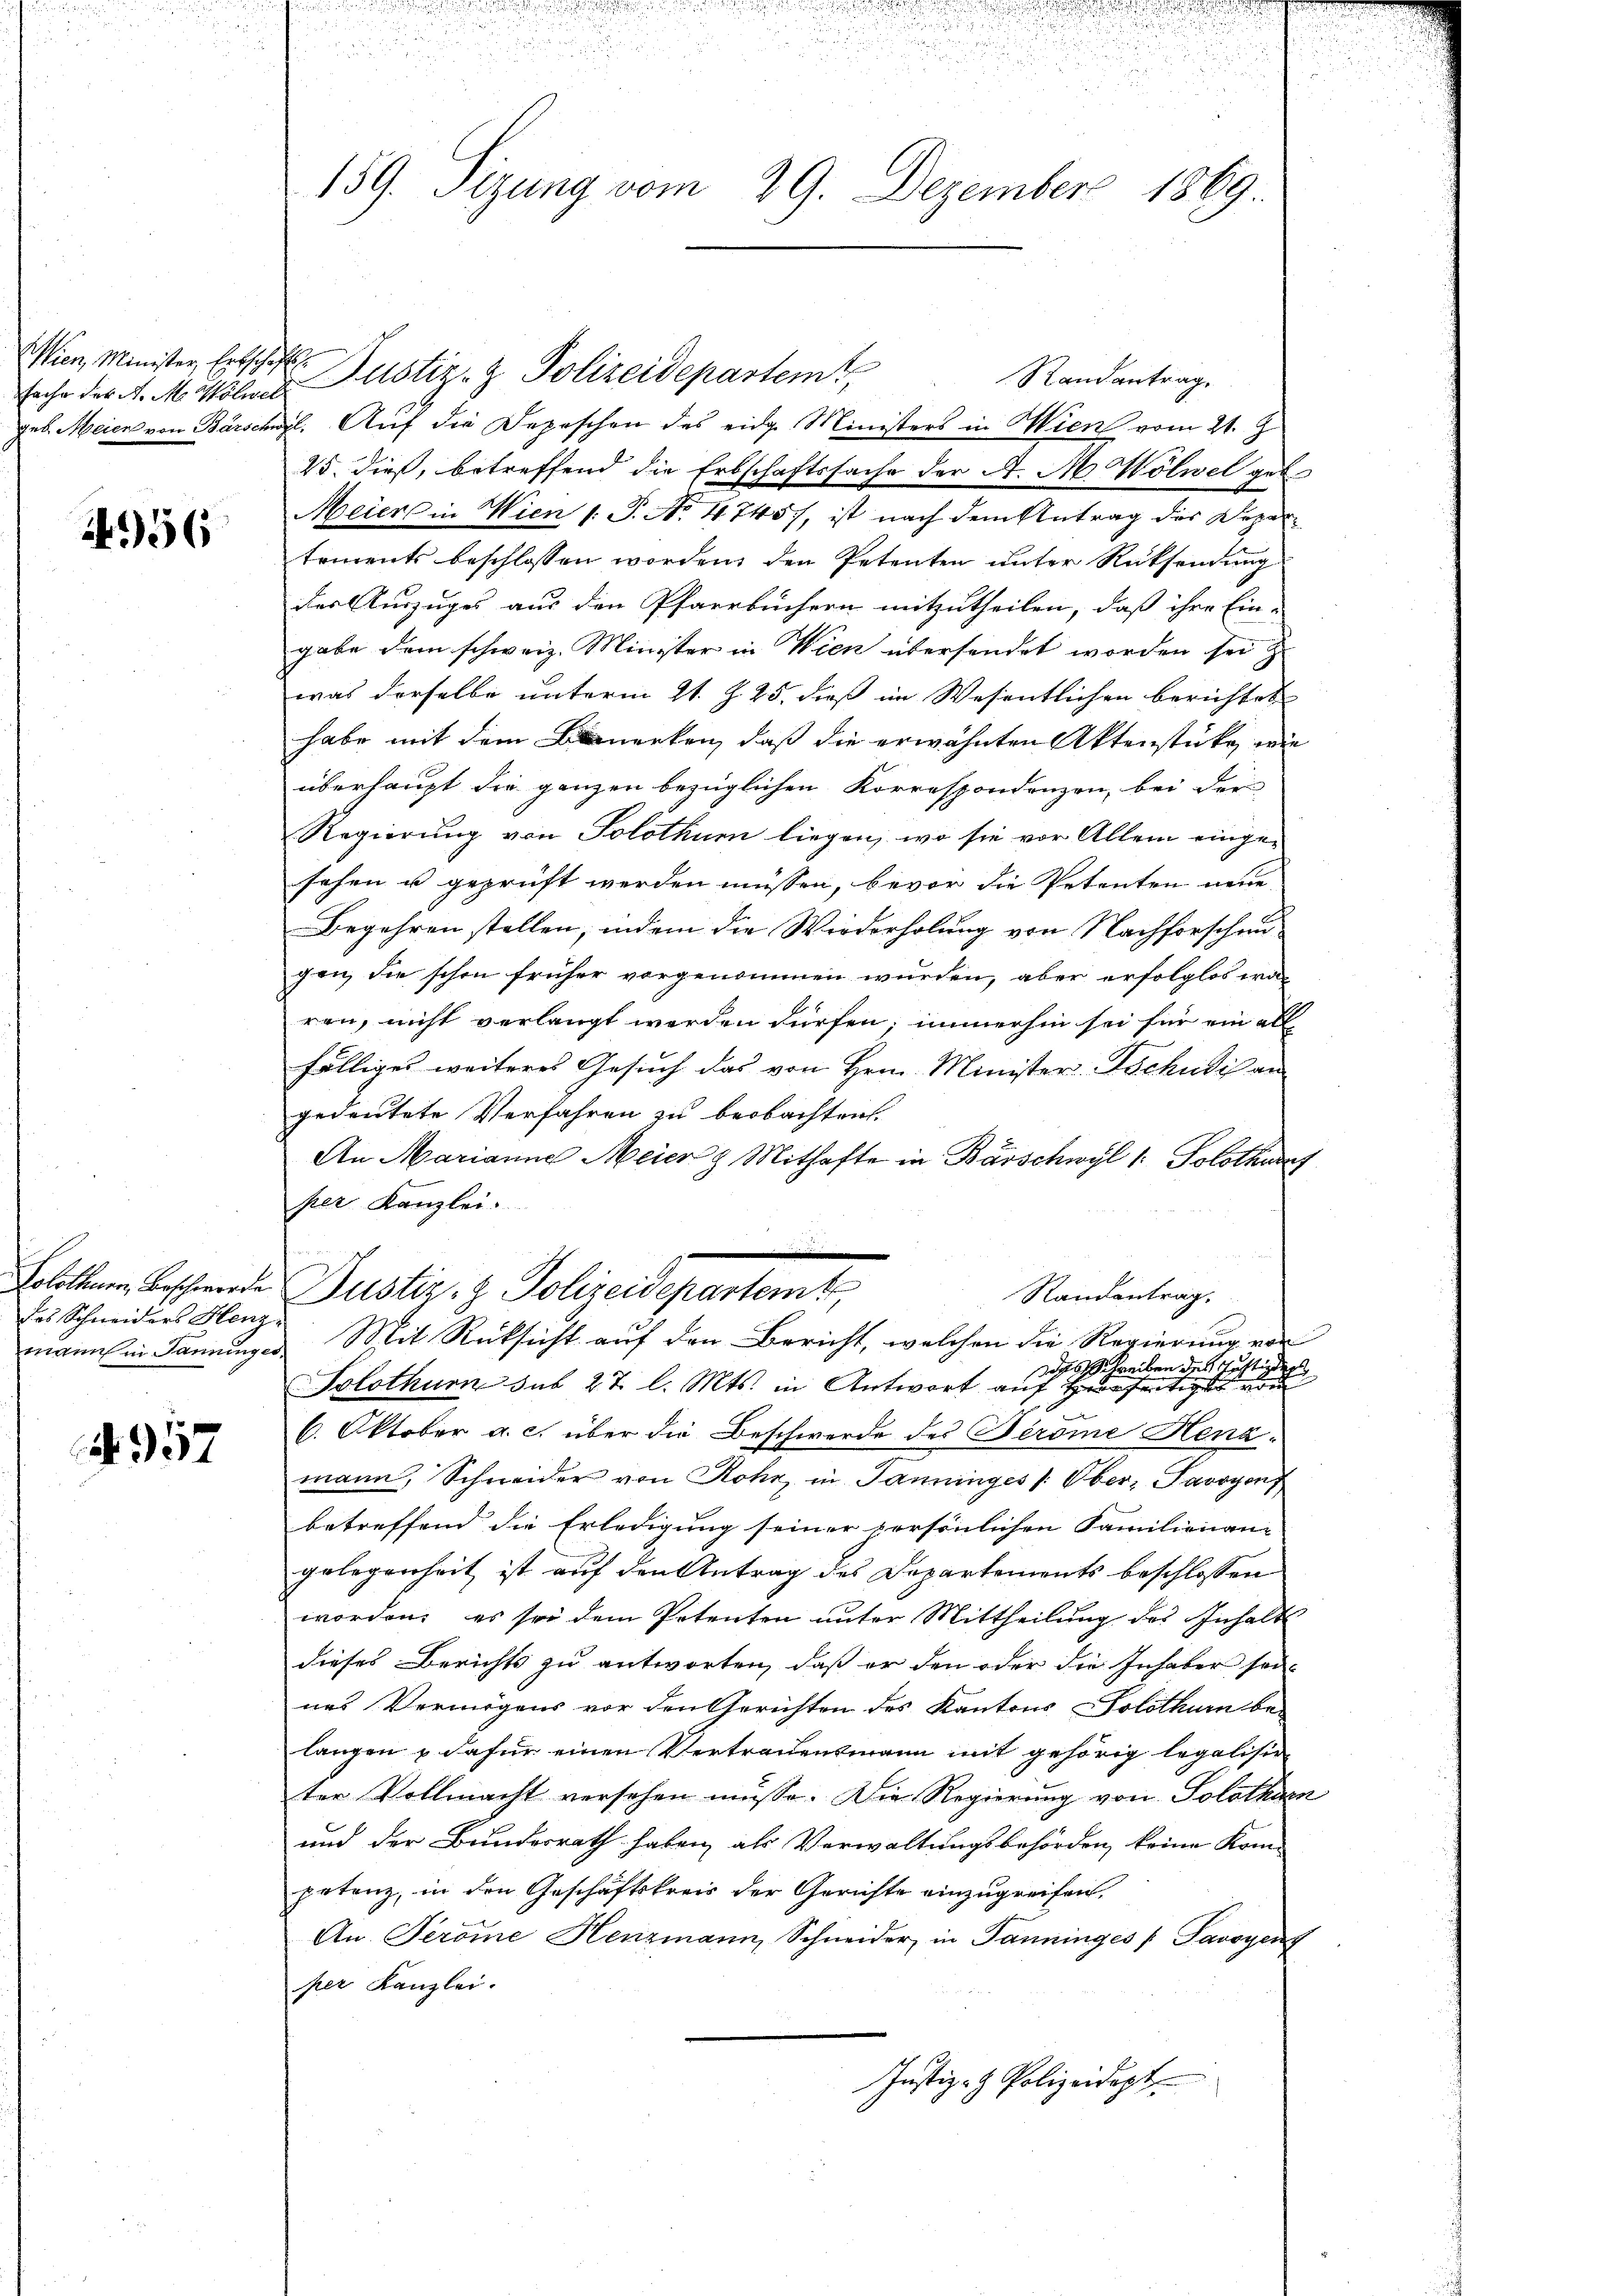
Wien, Minister Erbschaft
fache der A. M. Wölwel¬

956

Justiz- & Polizeidepartem
Randantrag.
geb. Meier von Barschuzl. Auf die Depeschen des eidg. Ministers in Wien vom 21. J
25. dieß, betreffend die Erbschaftssache der A. M. Wölwel get
Meier in Wien (: P. No 4745), ist nach dem Antrag des Departements beschlossen worden, den Petenten unter Rücksendung
der Auszuges aus den Pfarrbüchern mitzutheilen, daß ihre Ein-
gabe dem schweiz. Minister in Wien übersendet worden sei
was derselbe unterm 21. Z. 25. dieß im Wesentlichen berichtet
habe mit dem Bauerken, daß die erwähnten Aktenstücke, wie
überhaupt die ganzen bezüglichen Korrespondenzen, bei der
Regierung von Solothur liegen, wo sie vor Allem eingesehen u geprüft werden müssen, bevor die Petenten neue
Begehren stellen, indem die Wiederholung von Nachforschen
gen, die schon früher vorgenommen wurden, aber erfolglos war
ren, nicht verlangt werden dürfen; immerhin sei für ein all
fälliges weiteres Gesuch das von Hrn. Minister. Tschudis an
gedeutete Verfahren zu beobachten.
An Marianne Meier & Mithafte in Bärschwyl 1: Solothurf
per Kanzlei.
.
Solothurn, Beschwerde Justiz- & Polizeidepartemt
Randentrag.
mann in Sanenger Mit Rücksicht auf den Bericht, welchen die Regierung von
ddes Schreiben des Zustinder
Solothurn sub 27 l. Mts. in Antwort auf Her
6. Oktober a. c. über die Beschwerde des Terome Henzmann, Schneider von Rohr, in Panninges /: Ober- Savoyens
betreffend die Erledigung seiner persönlichen Familienan- |
gelegenheit ist auf den Antrag des Departements beschlossen
worden, es sei dem Petenten unter Mittheilung des Inhalts
dieses Berichts zu antworten, daß er den oder die Inhaber sei-
nes Vermögens vor den Gerichten des Kantons Solothurn be-
langen & dafür einen Vertrauensmann mit gehörig legalisie
ter Vollmacht versehen müsse. Die Regierung von Solothurn
und der Bundesrath haben, als Verwaltungsbehörden, keine Kom-
petenz, in den Geschäftskreis der Gerichte einzugreifen.
An. Perome Henzmann, Schneider, in Panninges [ Savoyen
per Kanzlei.
Justiz- & Polizeidept

das Schneiders Henz¬

957

159. Sizung vom 29. Dezember 1869.